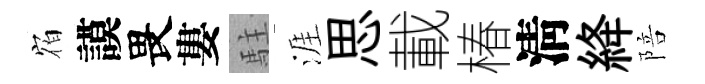
𪧐謨畏婁駐涯思載椿淸絳陪